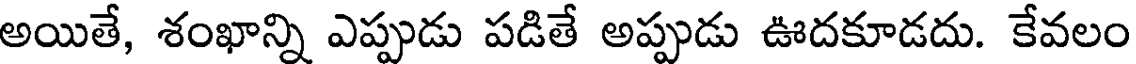
అయితే, శంఖాన్ని ఎప్పుడు పడితే అప్పుడు ఊదకూడదు. కేవలం